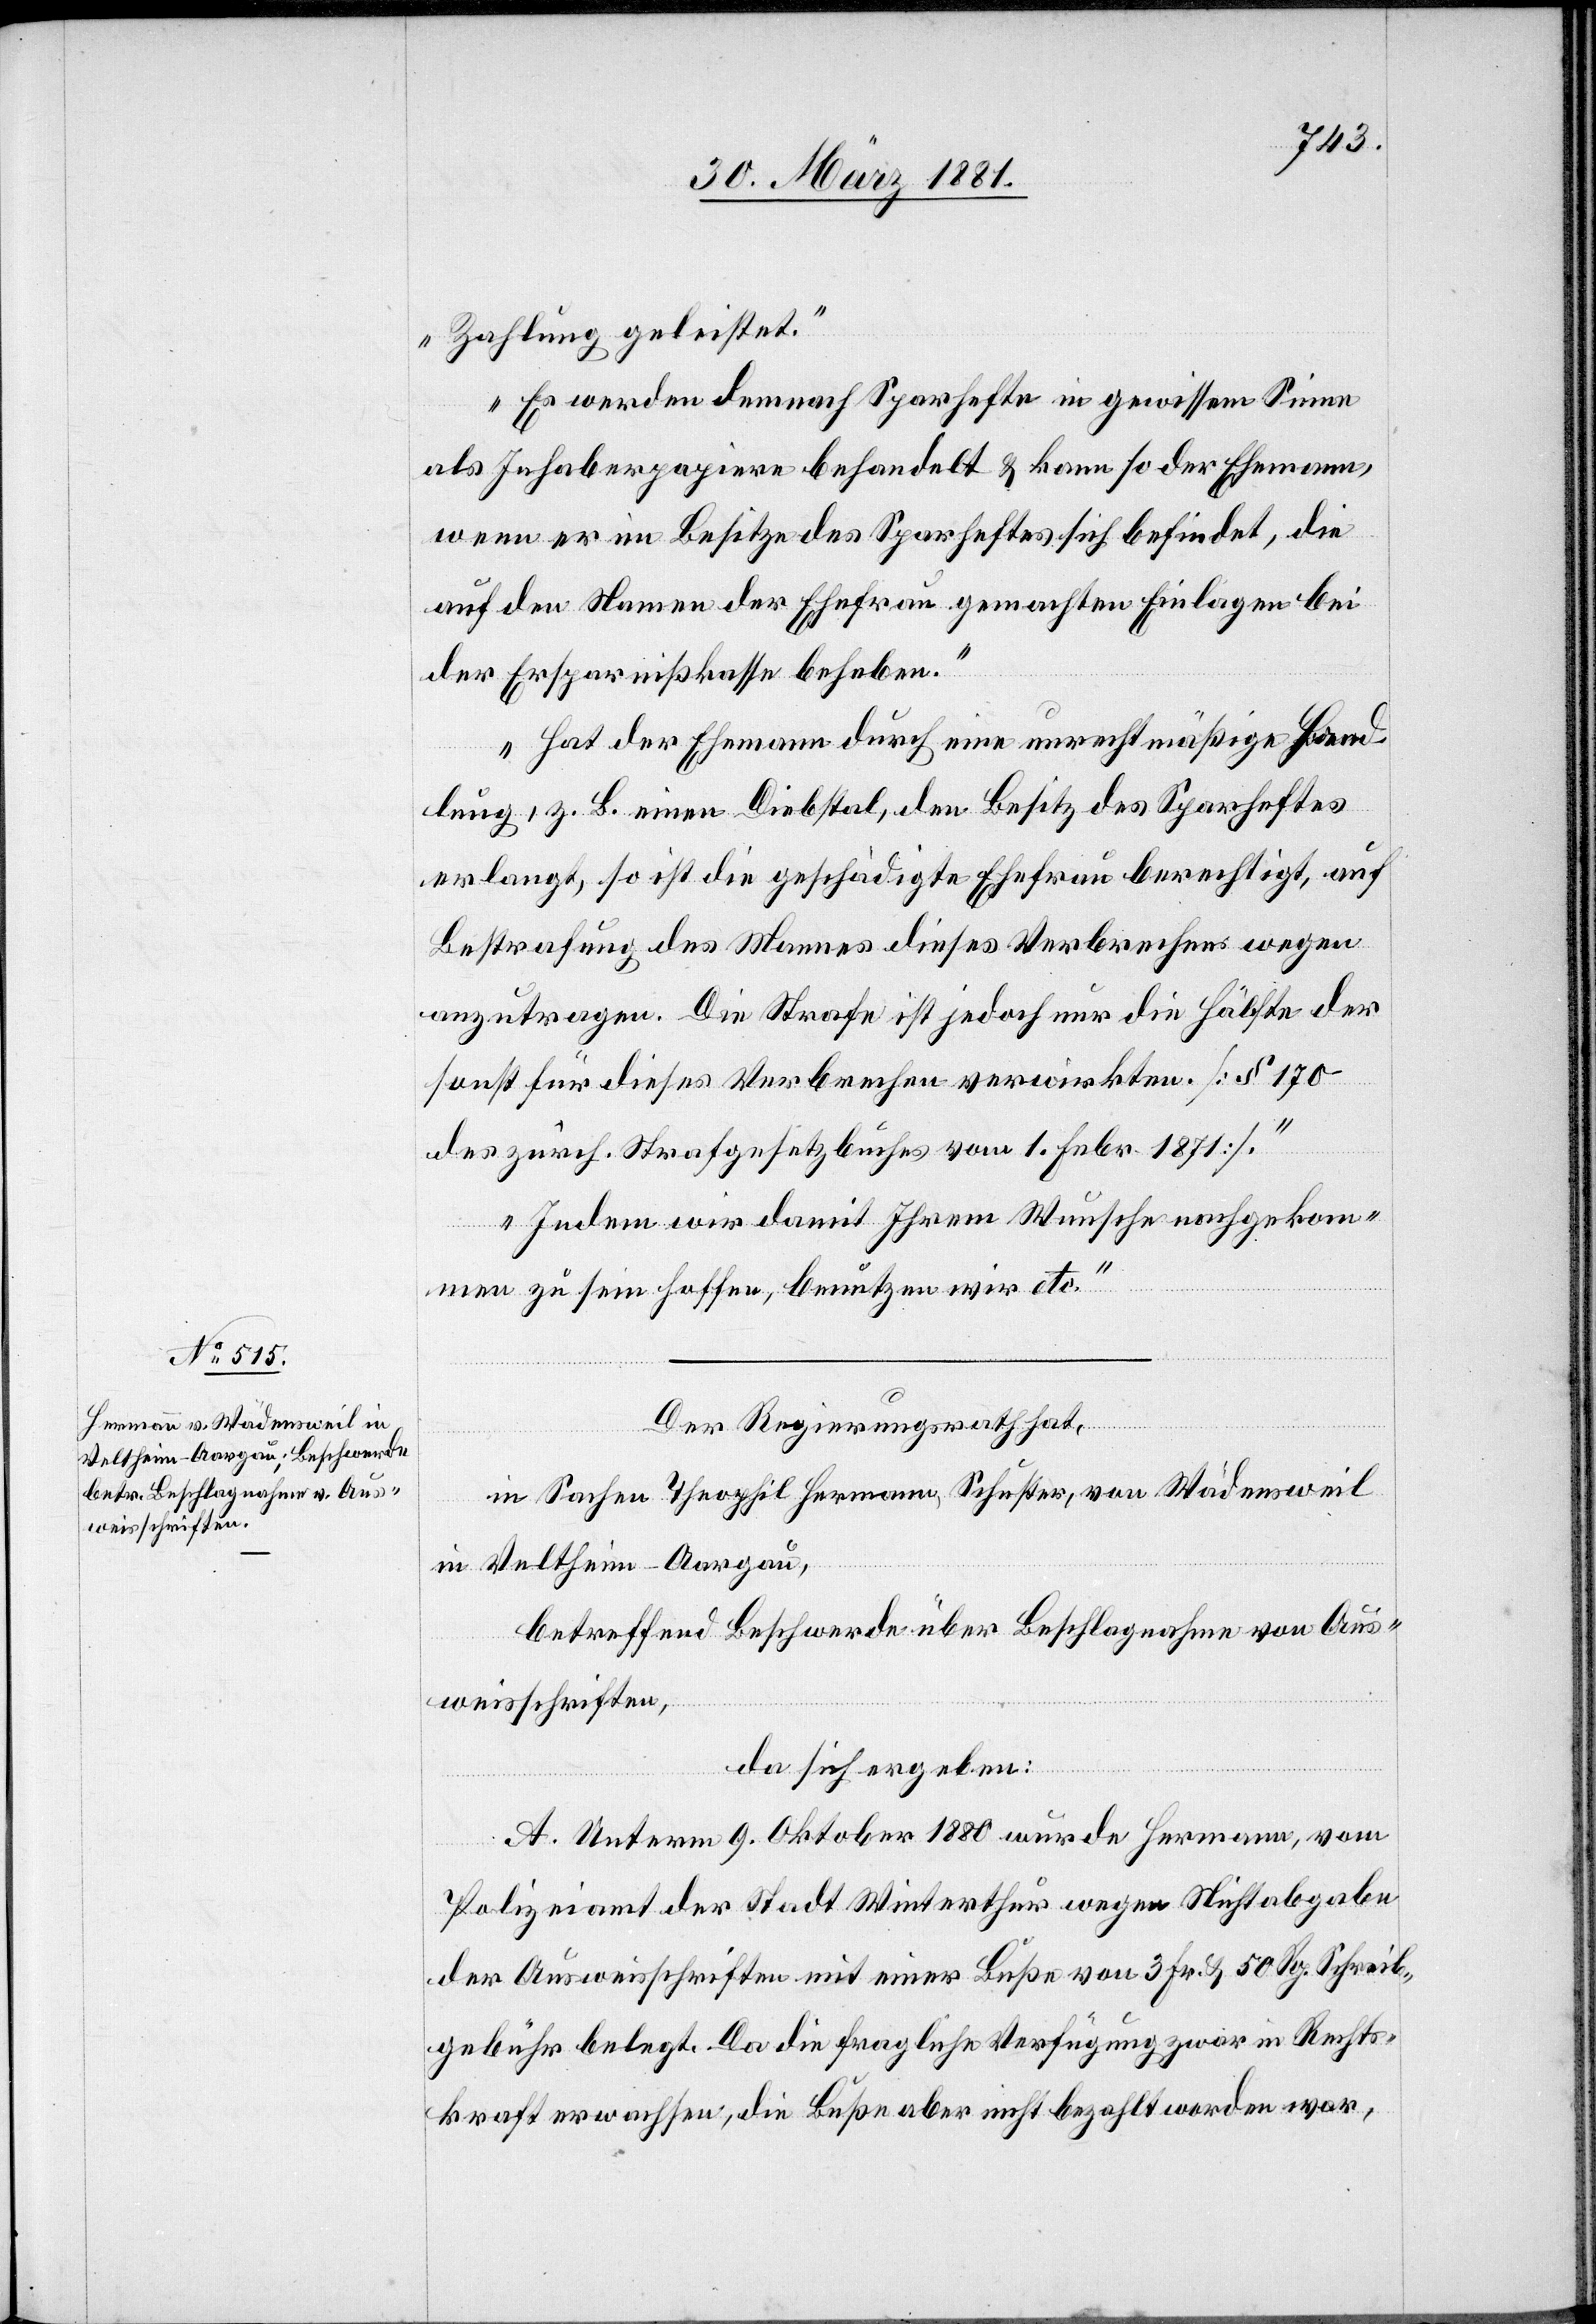
Zahlung geleistet.
Es werden demnach Sparhefte in gewissem Sinne
als Inhaberpapiere behandelt & kann so der Ehemann,
wenn er im Besitze des Sparheftes sich befindet, die
auf den Namen der Ehefrau gemachten Einlagern bei
der Ersparnißkasse beheben.
Hat der Ehemann durch eine unrechtmäßige Hand¬
lung, z. B. einen Diebstal, den Besitz des Sparheftes
erlangt, so ist die geschädigte Ehefrau berechtigt, auf
Bestrafung des Mannes dieses Verbrechen wegen
anzutragen. Die Strafe ist jedoch nur die Hälfte der
sonst für dieses Verbrechen verwirkten. [§ 170
des zürch Strafgesetzbuches vom 1. Febr. 1871].
Indem wir damit Ihrem Wunsche nachgekom¬
men zu sein hoffen, benutzen wir etc.“
Der Regierungsrath hat,
in Sachen Theophil Hermann, Schuster, von Wädensweil
in Veltheim - Aargau,
betreffend Beschwerde über Beschlagnahme von Aus¬
weisschriften,
da sich ergeben:
A. Unterm 9. Oktober 1880 wurde Hermann, vom
Polizeiamt der Stadt Winterthur wegen Nichtabgabe
der Ausweisschriften mit einer Buße von 3 Fr. & 50 Rp. Schreib¬
gebühr belegt. Da die fragliche Verfügung zwar in Rechts¬
kraft erwachsen, die Buße aber nicht bezahlt worden war,